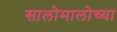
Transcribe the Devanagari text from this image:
सालोमालोच्या